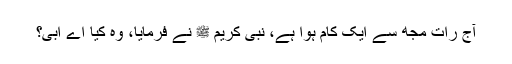
آج رات مجھ سے ایک کام ہوا ہے، نبی کریم ﷺ نے فرمایا، وہ کیا اے اُبی؟